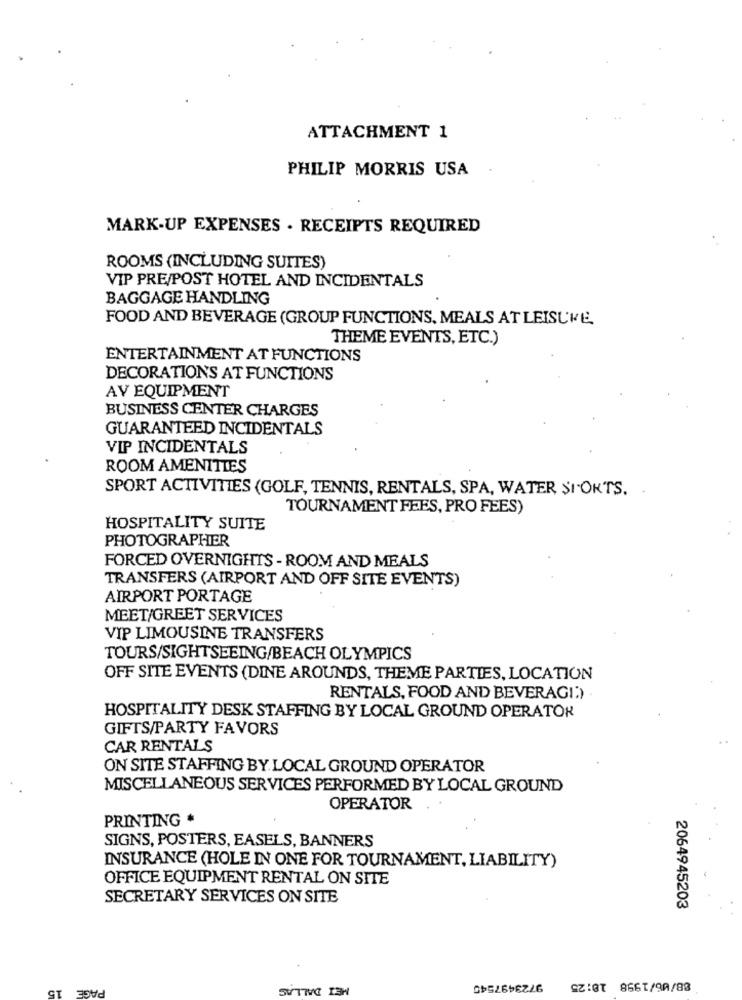
ATTACHMENT 1
PHILIP MORRIS USA
MARK-UP EXPENSES . RECEIPTS REQUIRED
ROOMS (INCLUDING SUITES)
VIP PRE/POST HOTEL AND INCIDENTALS
BAGGAGE HANDLING
FOOD AND BEVERAGE (GROUP FUNCTIONS, MEALS AT LEISURE.
THEME EVENTS, ETC.)
ENTERTAINMENT AT FUNCTIONS
DECORATIONS AT FUNCTIONS
AV EQUIPMENT
BUSINESS CENTER CHARGES
GUARANTEED INCIDENTALS
VIP INCIDENTALS
ROOM AMENITIES
SPORT ACTIVITIES (GOLF, TENNIS, RENTALS, SPA, WATER SI-ORTS.
TOURNAMENT FEES, PRO FEES)
HOSPITALITY SUITE
PHOTOGRAPHER
FORCED OVERNIGHTS - ROOM AND MEALS
TRANSFERS (AIRPORT AND OFF SITE EVENTS)
AIRPORT PORTAGE
MEET/GREET SERVICES
VIP LIMOUSINE TRANSFERS
TOURS/SIGHTSEEING/BEACH OLYMPICS
OFF SITE EVENTS (DINE AROUNDS, THEME PARTIES, LOCATION
RENTALS, FOOD AND BEVERAGI:)
HOSPITALITY DESK STAFFING BY LOCAL GROUND OPERATOR
GIFTS/PARTY FAVORS
CAR RENTALS
ON SITE STAFFING BY LOCAL GROUND OPERATOR
MISCELLANEOUS SERVICES PERFORMED BY LOCAL GROUND
OPERATOR
PRINTING *
SIGNS, POSTERS, EASELS, BANNERS
INSURANCE (HOLE IN ONE FOR TOURNAMENT, LIABILITY)
OFFICE EQUIPMENT RENTAL ON SITE
SECRETARY SERVICES ON SITE
2064945203
PAGE
MEI DALLAS
9723497545
GT
$2:0 866/90/88